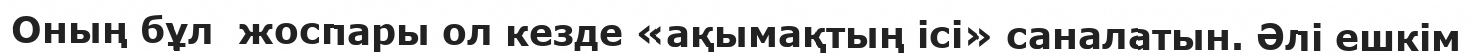
Оның бұл  жоспары ол кезде «ақымақтың ісі» саналатын. Әлі ешкім